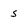
Character: S